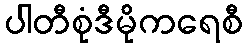
ပါတီစုံဒီမိုကရေစီ